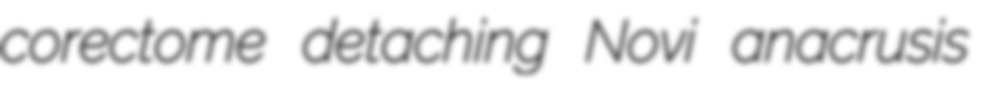
corectome detaching Novi anacrusis